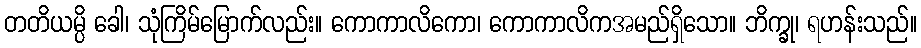
တတိယမ္ပိ ခေါ၊ သုံကြိမ်မြောက်လည်း။ ကောကာလိကော၊ ကောကာလိကအမည်ရှိသော။ ဘိက္ခု၊ ရဟန်းသည်။